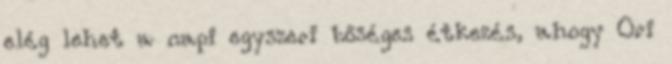
elég lehet a napi egyszeri bőséges étkezés, ahogy Ori